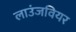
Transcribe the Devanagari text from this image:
लाउंजवियर